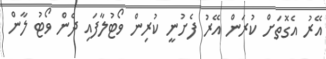
އޭރު އެގޮތަށް ކުރަން އޭރު ފެށުނީ ކުރިން ވޯޓުލާފައި ދެން ވޯޓު ލާން